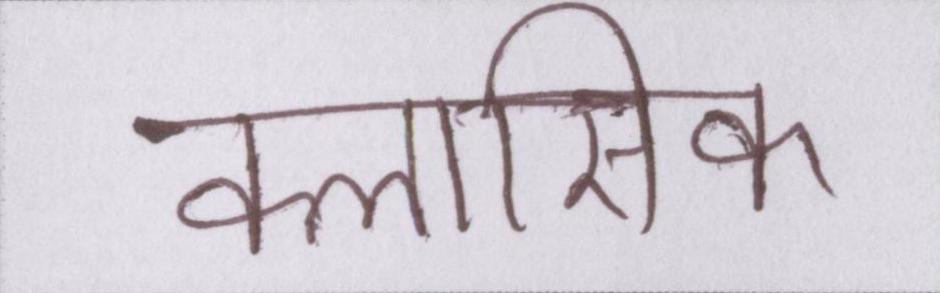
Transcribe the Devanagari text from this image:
क्लासिक